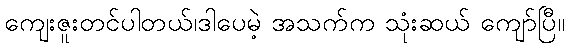
ကျေးဇူးတင်ပါတယ်၊ဒါပေမဲ့ အသက်က သုံးဆယ် ကျော်ပြီ။